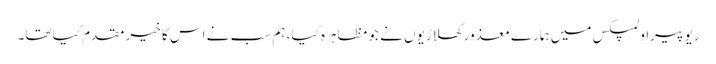
ریو پیراولمپکس میں ہمارے معذور کھلاڑیوں نے جو مظاہرہ کیا، ہم سب نے اس کا خیر مقدم کیا تھا۔